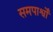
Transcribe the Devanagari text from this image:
समपार्श्वों